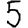
Digit: 5